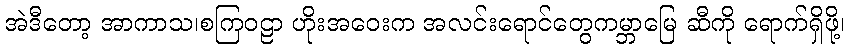
အဲဒီတော့ အာကာသ၊စကြဝဠာ ဟိုးအဝေးက အလင်းရောင်တွေကမ္ဘာမြေ ဆီကို ရောက်ရှိဖို့၊